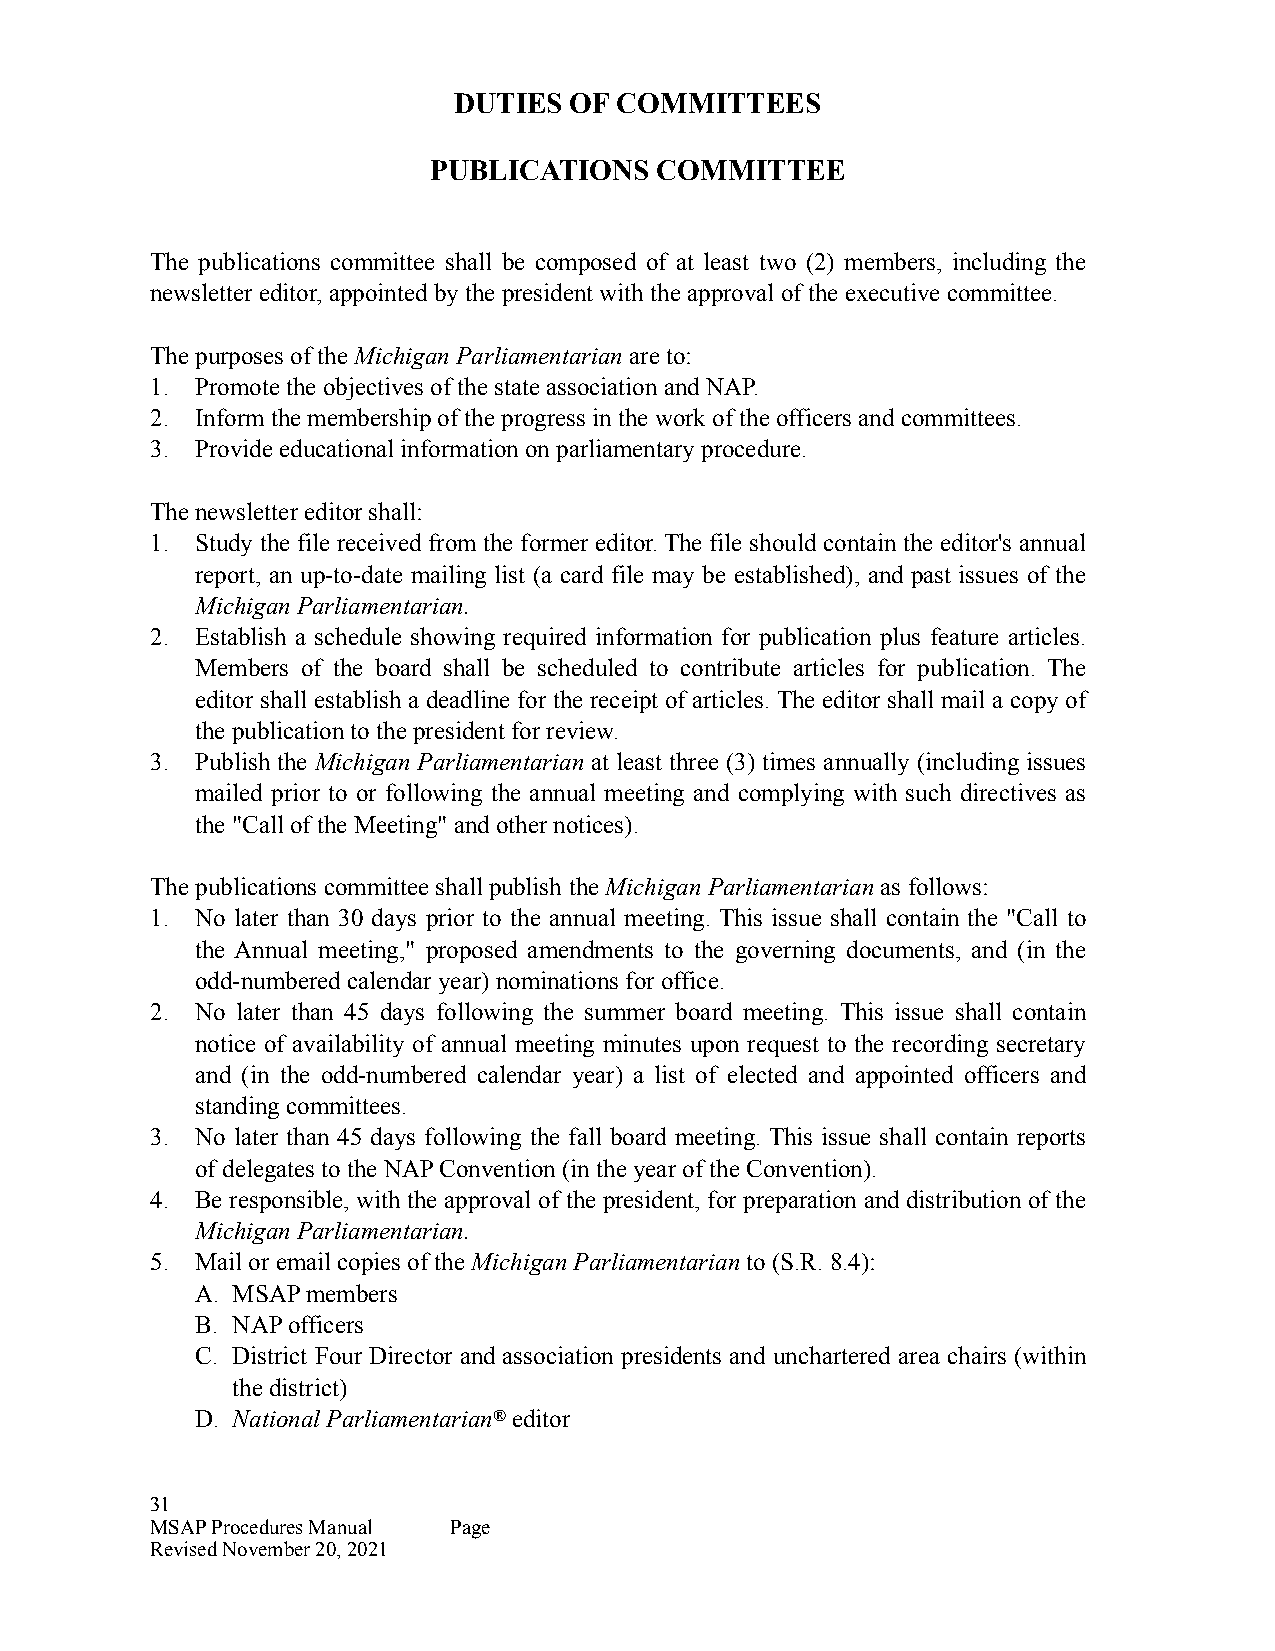
DUTIES  OF COMMITTEES
 PUBLICATIONS    COMMITTEE
 The publications committee shall be composed of at least two (2) members, including the
 newsletter editor, appointed by the president with the approval of the executive committee.
 The purposes of the Michigan Parliamentarian are to:
 1. Promote the objectives of the state association and NAP.
 2. Inform the membership of the progress in the work of the officers and committees.
 3. Provide educational information on parliamentary procedure.
 The newsletter editor shall:
 1. Study the file received from the former editor. The file should contain the editor's annual
 report, an up-to-date mailing list (a card file may be established), and past issues of the
 Michigan Parliamentarian.
 2. Establish a schedule showing required information for publication plus feature articles.
 Members of the board shall be scheduled to contribute articles for publication. The
 editor shall establish a deadline for the receipt of articles. The editor shall mail a copy of
 the publication to the president for review.
 3. Publish the Michigan Parliamentarian at least three (3) times annually (including issues
 mailed prior to or following the annual meeting and complying with such directives as
 the "Call of the Meeting" and other notices).
 The publications committee shall publish the Michigan Parliamentarian as follows:
 1. No later than 30 days prior to the annual meeting. This issue shall contain the "Call to
 the Annual meeting," proposed amendments to the governing documents, and (in the
 odd-numbered calendar year) nominations for office.
 2. No later than 45 days following the summer board meeting. This issue shall contain
 notice of availability of annual meeting minutes upon request to the recording secretary
 and (in the odd-numbered calendar year) a list of elected and appointed officers and
 standing committees.
 3. No later than 45 days following the fall board meeting. This issue shall contain reports
 of delegates to the NAP Convention (in the year of the Convention).
 4. Be responsible, with the approval of the president, for preparation and distribution of the
 Michigan Parliamentarian.
 5. Mail or email copies of the Michigan Parliamentarian to (S.R. 8.4):
 A. MSAP members
 B. NAP officers
 C. District Four Director and association presidents and unchartered area chairs (within
 the district)
 D. National Parliamentarian® editor
 31
 MSAP Procedures Manual Page
 Revised November 20, 2021